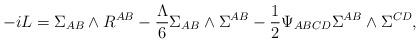
LaTeX: \begin{align*}-iL=\Sigma_{AB} \wedge R^{AB} -\frac{\Lambda}{6}\Sigma_{AB}\wedge\Sigma^{AB} -\frac{1}{2}\Psi_{ABCD}\Sigma^{AB}\wedge\Sigma^{CD},\end{align*}